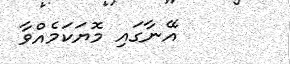
އޭނާގައި މޮޔަކަމެއްވާ